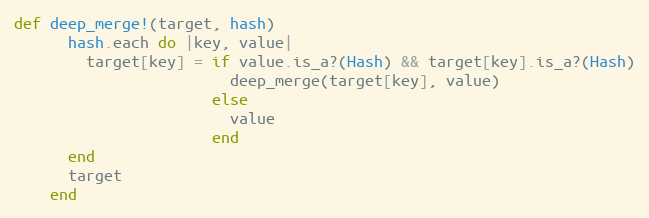
Language: Ruby
def deep_merge!(target, hash)
      hash.each do |key, value|
        target[key] = if value.is_a?(Hash) && target[key].is_a?(Hash)
                        deep_merge(target[key], value)
                      else
                        value
                      end
      end
      target
    end